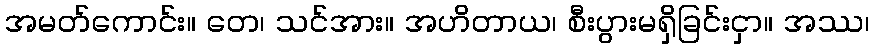
အမတ်ကောင်း။ တေ၊ သင်အား။ အဟိတာယ၊ စီးပွားမရှိခြင်းငှာ။ အဿ၊